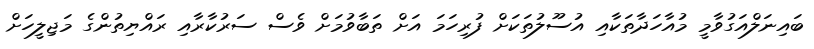
ބައިނަލްއަގުވާމީ މުއާހަދާތަކާއި އުސޫލުތަކަށް ފުރިހަމަ އަށް ތަބާވުމަށް ވެސް ސަރުކާރާއި ރައްޔިތުންގެ މަޖިލީހަށް